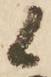
候